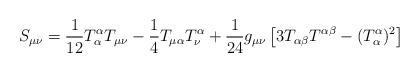
LaTeX: \begin{align*}S_{\mu\nu} = \frac{1}{12}T^\alpha_\alpha T_{\mu\nu} -\frac{1}{4}T_{\mu\alpha}T_\nu^\alpha +\frac{1}{24}g_{\mu\nu}\left[ 3T_{\alpha\beta}T^{\alpha\beta} -(T^\alpha_\alpha)^2 \right]\end{align*}